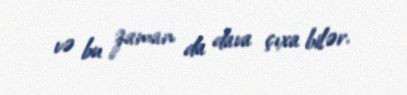
və bu zaman da dava çıxa bilər.